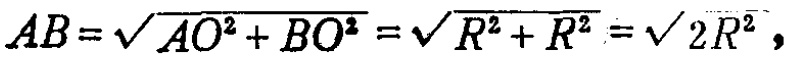
\(AB=\sqrt{AO^{2}+BO^{2}}=\sqrt{R^{2}+R^{2}}=\sqrt{2R^{2}}\)